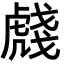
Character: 虥